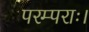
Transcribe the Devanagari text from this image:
परम्पराः।